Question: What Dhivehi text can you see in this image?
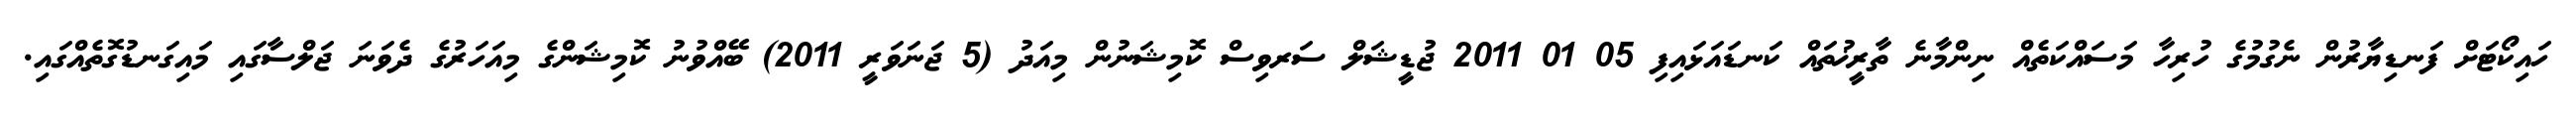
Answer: ހައިކޯޓަށް ފަނޑިޔާރުން ނެގުމުގެ ހުރިހާ މަސައްކަތެއް ނިންމާނެ ތާރީޚުތައް ކަނޑައަޅައިފި 05 01 2011 ޖުޑީޝަލް ސަރވިސް ކޮމިޝަނުން މިއަދު (5 ޖަނަވަރީ 2011) ބޭއްވުނު ކޮމިޝަންގެ މިއަހަރުގެ ދެވަނަ ޖަލްސާގައި މައިގަނޑުގޮތެއްގައި.